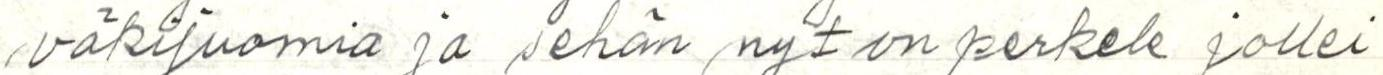
väkijuomia ja sehän nyt on perkele jollei